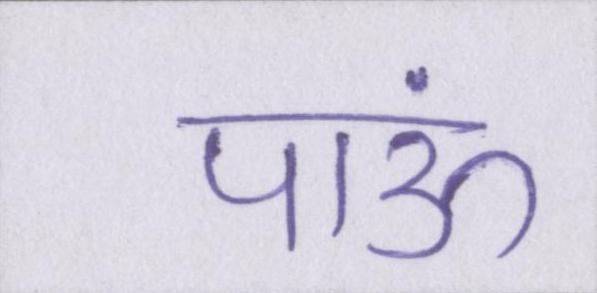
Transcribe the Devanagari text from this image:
पाऊं